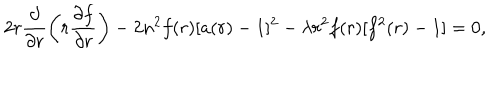
LaTeX: 2 r \frac { \partial } { \partial r } \left( r \frac { \partial f } { \partial r } \right) - 2 n ^ { 2 } f ( r ) [ a ( r ) - 1 ] ^ { 2 } - \lambda r ^ { 2 } f ( r ) [ f ^ { 2 } ( r ) - 1 ] = 0 ,